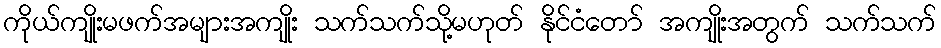
ကိုယ်ကျိုးမဖက်အများအကျိုး သက်သက်သို့မဟုတ် နိုင်ငံတော် အကျိုးအတွက် သက်သက်